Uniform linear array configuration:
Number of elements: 24
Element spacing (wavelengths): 1
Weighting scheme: uniform
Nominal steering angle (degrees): -30
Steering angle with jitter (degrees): -29.075
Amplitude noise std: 0.05
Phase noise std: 0.05

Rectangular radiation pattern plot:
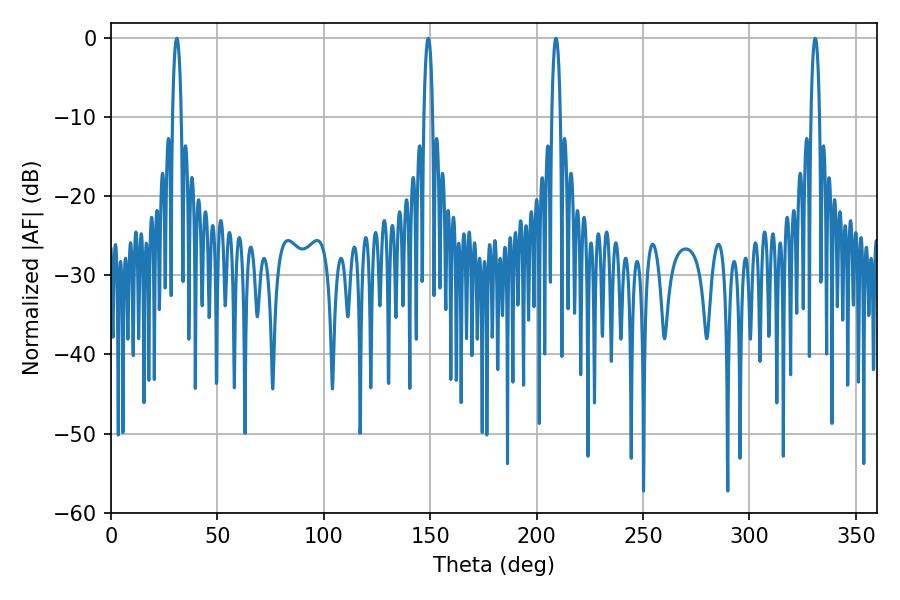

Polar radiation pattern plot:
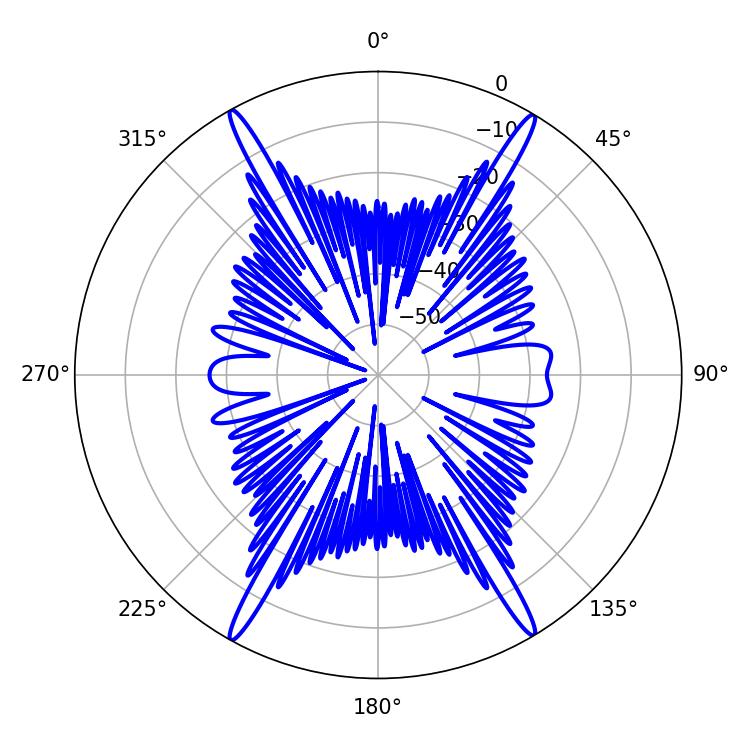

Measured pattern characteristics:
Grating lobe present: TRUE
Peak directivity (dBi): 27.02
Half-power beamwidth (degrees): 2.34
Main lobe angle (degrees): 149.04